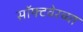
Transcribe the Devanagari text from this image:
सॉफ्टवेरच्या